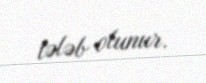
tələb olunur.